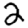
Digit: 2